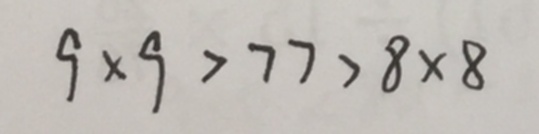
9 \times 9 > 7 7 > 8 \times 8